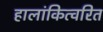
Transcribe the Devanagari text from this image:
हालांकित्वरित